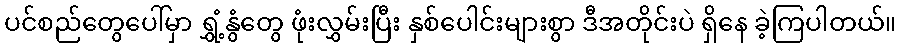
ပင်စည်တွေပေါ်မှာ ရွှံ့နွံတွေ ဖုံးလွှမ်းပြီး နှစ်ပေါင်းများစွာ ဒီအတိုင်းပဲ ရှိနေ ခဲ့ကြပါတယ်။